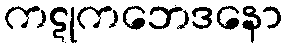
ကဋုကဘေဒနော